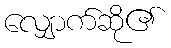
လျှောက်ဆို၏